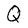
Character: Q